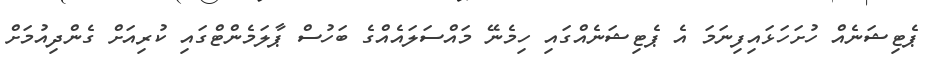
ޕެޓިޝަނެއް ހުށަހަޅައިފިނަމަ އެ ޕެޓިޝަނެއްގައި ހިމެނޭ މައްސަލައެއްގެ ބަހުސް ޕާލަމެންޓްގައި ކުރިއަށް ގެންދިއުމަށް